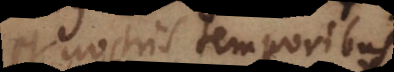
nostris temporibus